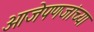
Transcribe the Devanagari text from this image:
आजेपणजांच्या